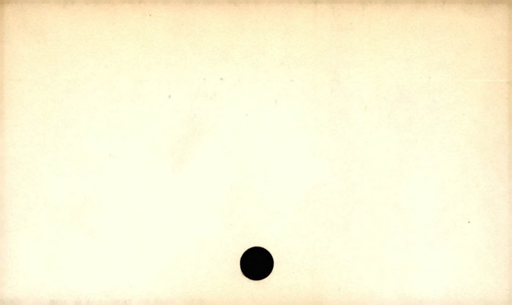
Label: divider